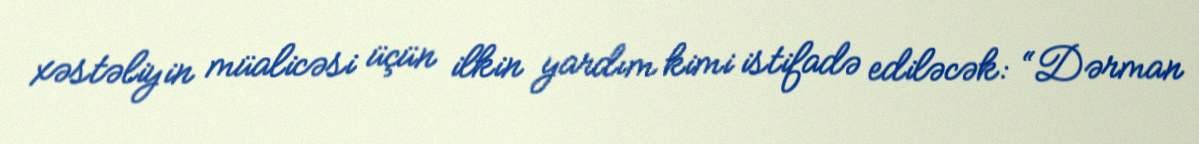
xəstəliyin müalicəsi üçün ilkin yardım kimi istifadə ediləcək: “Dərman